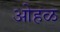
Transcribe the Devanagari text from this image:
ओहळ